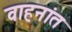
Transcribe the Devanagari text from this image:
वाहनांत